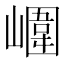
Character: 𡼱